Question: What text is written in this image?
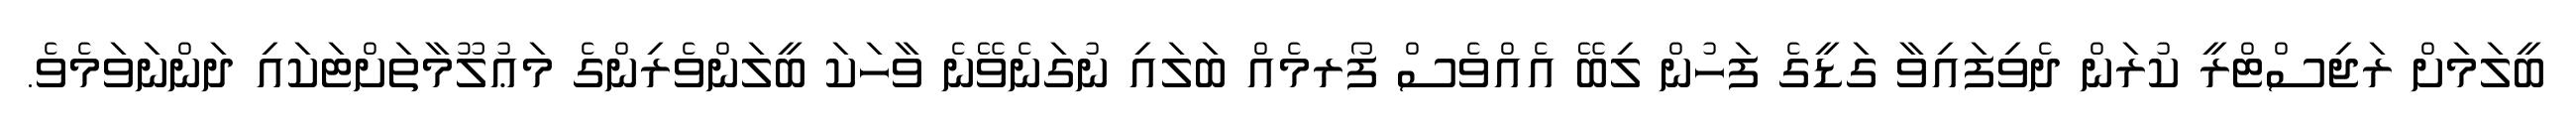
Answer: ބީލަމަށް ރަޖިސްޓްރީ ކުރަން ދެވިފައިވާ ގަޑީގެ ފަހުން ލިބޭ އެއްވެސް ފޯރމެއް ބަލައި ނުގަނެވޭނެ ވާހަކަ ބީލަންވެރިންގެ މަޢުލޫމާތަށްޓަކައި ދަންނަވަމެވެ.